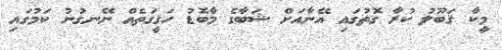
މީކާ ޤަބޫލު ކުރާ ގޮތުގައި އޭނާއަށް ޝަބާގެ މާބޮޑު ހަޤީގަތެއް ނޭނގުނު ކަމުގައި